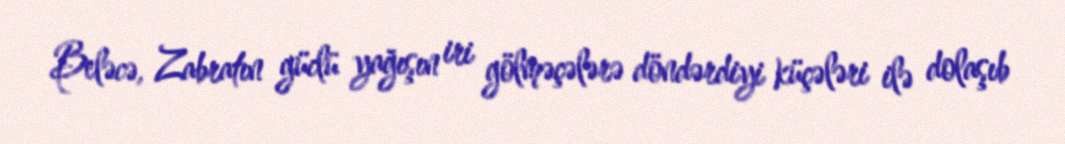
Beləcə, Zabratın güclü yağışın iri gölməçələrə döndərdiyi küçələri ilə dolaşıb